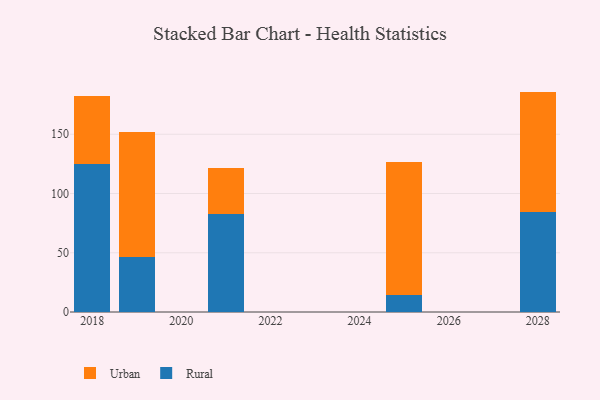
{"axis": {"x": "Year", "y": "Bounce Rate (%)"}, "legend": ["Rural", "Urban"], "data": [{"x": "2021", "y": 82.4, "type": "Rural"}, {"x": "2021", "y": 39.4, "type": "Urban"}, {"x": "2025", "y": 14.4, "type": "Rural"}, {"x": "2025", "y": 112.5, "type": "Urban"}, {"x": "2018", "y": 125.0, "type": "Rural"}, {"x": "2018", "y": 57.1, "type": "Urban"}, {"x": "2019", "y": 46.5, "type": "Rural"}, {"x": "2019", "y": 105.3, "type": "Urban"}, {"x": "2028", "y": 84.7, "type": "Rural"}, {"x": "2028", "y": 101.3, "type": "Urban"}]}